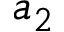
a _ { 2 }